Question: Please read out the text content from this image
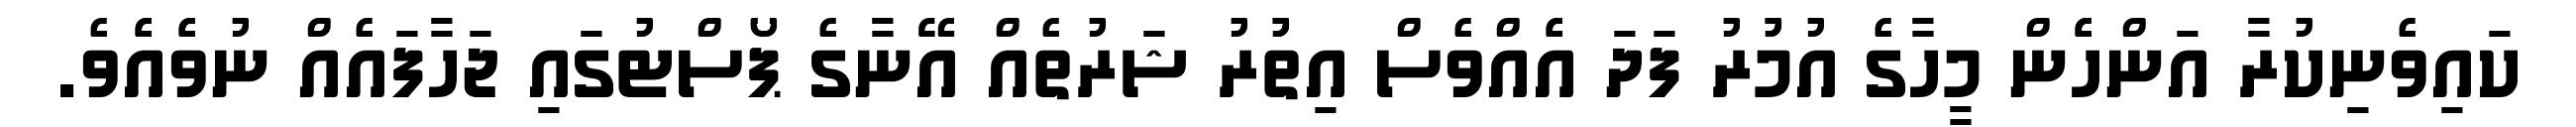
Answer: ކައިވެނިކުރާ އަންހެެން މީހާގެ އުމުުރު ފަދަ އެެއްވެސް އިތުުރު ޝަރުތެއް އޭނާގެ ޕޯސްޓުގައި ޖަހާފައެއް ނުވެެއެެވެ.